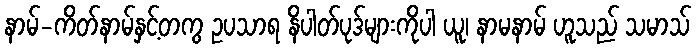
နာမ်-ကိတ်နာမ်နှင့်တကွ ဥပသာရ နိပါတ်ပုဒ်များကိုပါ ယူ၊ နာမနာမ် ဟူသည် သမာသ်